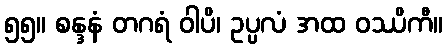
၅၅။ စန္ဒနံ တဂရံ ဝါပိ၊ ဥပ္ပလံ အထ ဝဿိကီ။